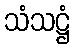
သံသဋ္ဌံ